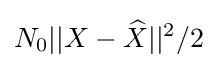
N_{0}||X-{\widehat {X}}||^{2}/2